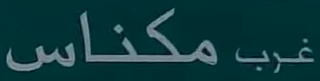
مكنااس غرب